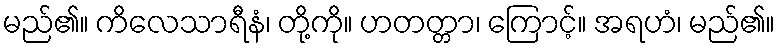
မည်၏။ ကိလေသာရီနံ၊ တို့ကို။ ဟတတ္တာ၊ ကြောင့်။ အရဟံ၊ မည်၏။